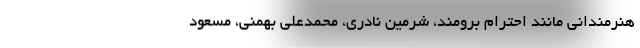
هنرمندانی مانند احترام برومند، شرمین نادری، محمدعلی بهمنی، مسعود